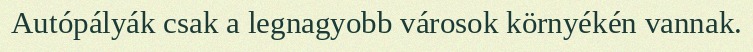
Autópályák csak a legnagyobb városok környékén vannak.